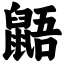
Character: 鼯